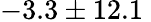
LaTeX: -3.3\pm 12.1\